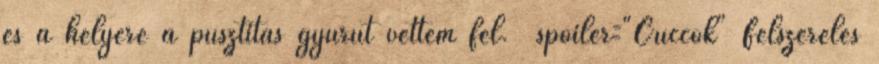
és a helyére a pusztítás gyűrűt vettem fel. spoiler="Cuccok" Felszerelés